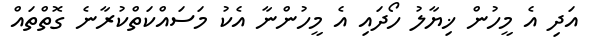
އަދި އެ މީހުން ޚިޔާލު ހޯދައި އެ މީހުންނާ އެކު މަސައްކަތްކުރާނެ ގޮތްތައް